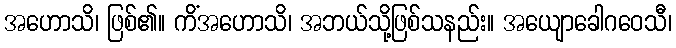
အဟောသိ၊ ဖြစ်၏။ ကိံအဟောသိ၊ အဘယ်သို့ဖြစ်သနည်း။ အယျောခေါဂဝေသီ၊